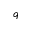
q